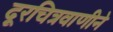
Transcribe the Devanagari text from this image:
दूरचित्रवाणीने